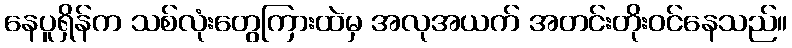
နေပူရှိန်က သစ်လုံးတွေကြားထဲမှ အလုအယက် အတင်းတိုးဝင်နေသည်။